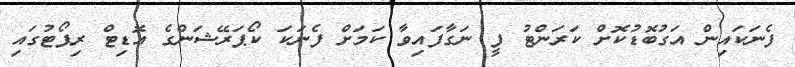
ފެނަކައިން އަގުބޮޑުކޮށް ކަރަންޓު ފީ ނަގާފައިވާ ކަމަށް ފެނަކަ ކޯޕަރޭޝަންގެ އޮޑިޓް ރިޕޯޓުގައި